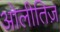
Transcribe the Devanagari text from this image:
ओलीतिज़